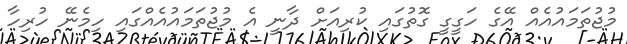
މުޖުތަމައުއެއް އޭގެ ހަގީގީ ގޮތުގައި ކުރިއަށް ދާނީ އެ މުޖުތަމައުއެއްގައި ހިމެނޭ ހުރިހާ